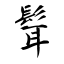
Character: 髶